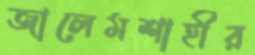
জালেমশাহীর